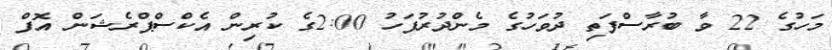
މަހުގެ 22 ވާ ބުރާސްފަތި ދުވަހުގެ މެންދުރުފަހު 2:00ގެ ކުރިން އެކްސްޕްރެޝަން އޮފް